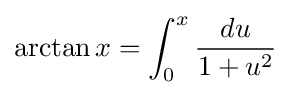
\arctan x=\int _{0}^{x}{\frac {du}{1+u^{2}}}